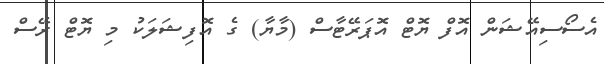
އެސޯސިއޭޝަން އޮފް ޔޮޓް އޮޕަރޭޓާސް (މާޔާ) ގެ އޮފިޝަލަކު މި ޔޮޓް ރޭސް